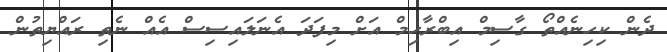
ދެން ކިހިނެއްތޯ ގާސިމް އިބްރާހިމް އަށް މިފަދަ އެނަލައިސިސް އެއް ނެތި ރައްޔިތުން